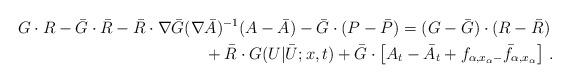
LaTeX: \begin{align*}G\cdot R-\bar G\cdot \bar R-\bar R\cdot \nabla\bar G(\nabla& \bar A)^{-1} (A-\bar A)-\bar G \cdot (P-\bar P)=(G-\bar G) \cdot (R-\bar R) \\&+\bar R \cdot G(U|\bar U;x,t)+\bar G\cdot \left[ A_t-\bar A_t+f_{\alpha,x_\alpha-}\bar f_{\alpha,x_\alpha}\right]\,.\end{align*}